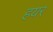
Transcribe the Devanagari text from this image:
हयर